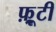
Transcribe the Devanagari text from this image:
फ़्रूटी